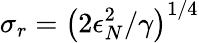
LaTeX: \sigma_{r}=\left(2\epsilon_{N}^{2}/\gamma\right)^{1/4}